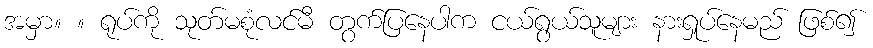
အမှာ။ ။ ရုပ်ကို သုတ်မစုံလင်မီ တွက်ပြနေပါက ငယ်ရွယ်သူများ နားရှုပ်နေမည် ဖြစ်၍